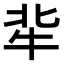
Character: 𤘿